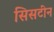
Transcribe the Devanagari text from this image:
सिसटीन